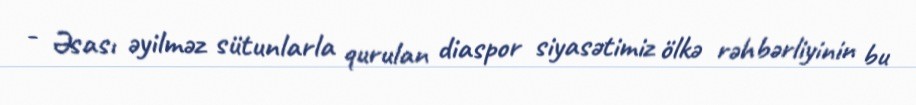
- Əsası əyilməz sütunlarla qurulan diaspor siyasətimiz ölkə rəhbərliyinin bu